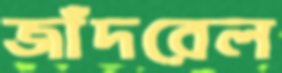
জাঁদরেল